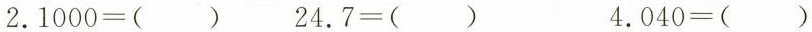
$$2.1000=()$$ $$24.7=()$$ $$4.040=()$$